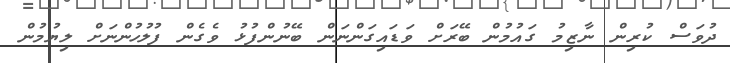
ދުވަސް ކުރިން ނާޒިމު ގައުމުން ބޭރަށް ވަޑައިގަންނަން ބޭނުންފުޅު ވެގެން ފުލުހުންނަށް ލިޔުމުން